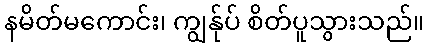
နမိတ်မကောင်း၊ ကျွန်ုပ် စိတ်ပူသွားသည်။